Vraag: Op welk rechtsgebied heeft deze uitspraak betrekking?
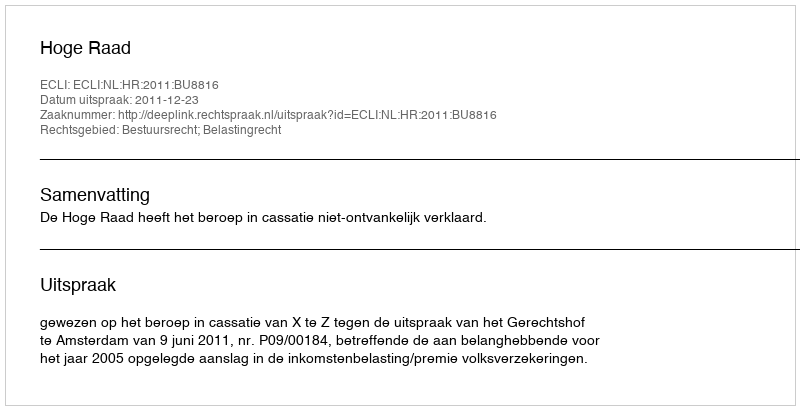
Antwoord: Bestuursrecht; Belastingrecht